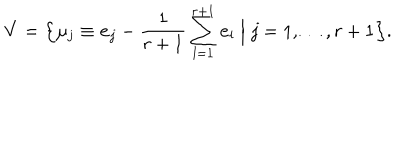
LaTeX: { \bf V } = \Bigl \{ \mu _ { j } \equiv { \bf e } _ { j } - \frac { 1 } { r + 1 } \sum _ { l = 1 } ^ { r + 1 } { \bf e } _ { l } \Bigm | j = 1 , \ldots , r + 1 \Bigr \} .